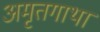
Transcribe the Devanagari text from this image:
अमृतगाथा